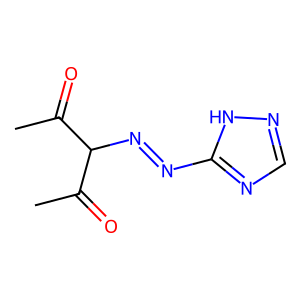
SMILES: CC(=O)C(N=Nc1ncn[nH]1)C(C)=O
Inhibits HIV replication: No